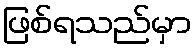
ဖြစ်ရသည်မှာ